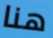
هنا